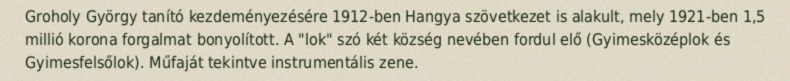
Groholy György tanító kezdeményezésére 1912-ben Hangya szövetkezet is alakult, mely 1921-ben 1,5 millió korona forgalmat bonyolított. A "lok" szó két község nevében fordul elő (Gyimesközéplok és Gyimesfelsőlok). Műfaját tekintve instrumentális zene.